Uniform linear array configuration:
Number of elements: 32
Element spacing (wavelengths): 0.25
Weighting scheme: uniform
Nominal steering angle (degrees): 45
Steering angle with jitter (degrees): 46.491
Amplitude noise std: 0.05
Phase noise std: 0.05

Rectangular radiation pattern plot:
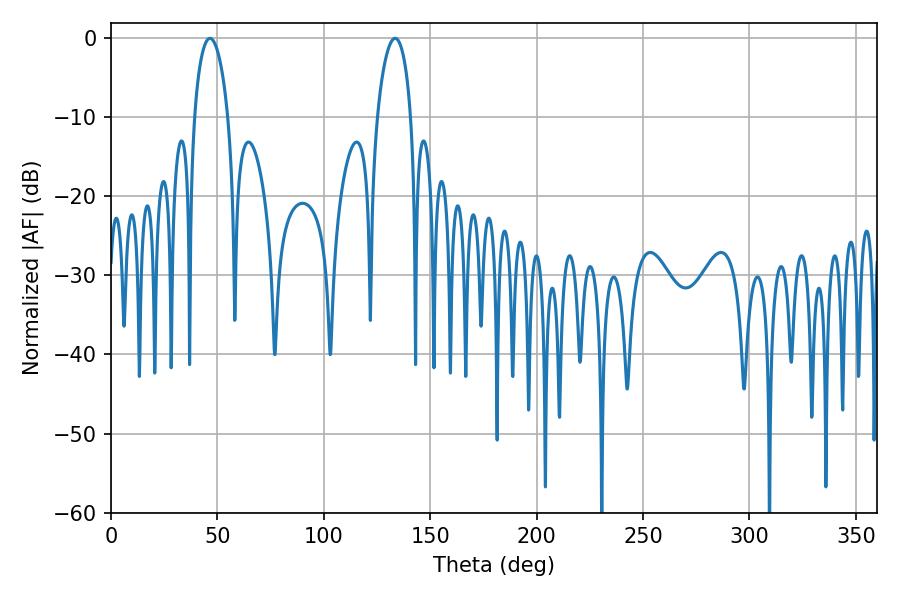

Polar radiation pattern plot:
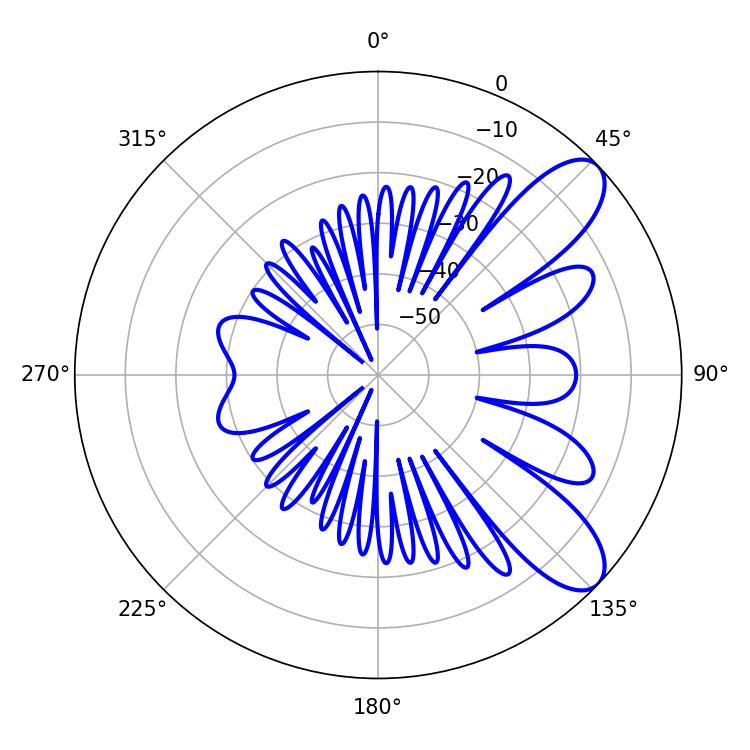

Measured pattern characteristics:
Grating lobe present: FALSE
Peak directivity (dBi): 8.879
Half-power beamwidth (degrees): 9.18
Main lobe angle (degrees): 46.44